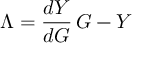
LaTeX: \Lambda = \frac { d Y } { d { \cal G } } \, { \cal G } - Y